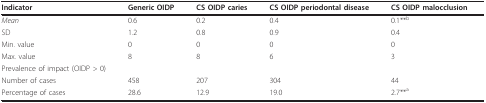
| Indicator | Generic OIDP | CS OIDP caries | CS OIDP periodontal disease | CS OIDP malocclusion |
 | --- | --- | --- | --- | --- |
 | Mean | 0.6 | 0.2 | 0.4 | 0.1**b |
 | SD | 1.2 | 0.8 | 0.9 | 0.4 |
 | Min. value | 0 | 0 | 0 | 0 |
 | Max. value | 8 | 8 | 6 | 3 |
 | Prevalence of impact (OIDP > 0) |  |  |  |  |
 | Number of cases | 458 | 207 | 304 | 44 |
 | Percentage of cases | 28.6 | 12.9 | 19.0 | 2.7**a |